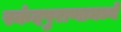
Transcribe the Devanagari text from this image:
स्कंदपुराणामध्ये